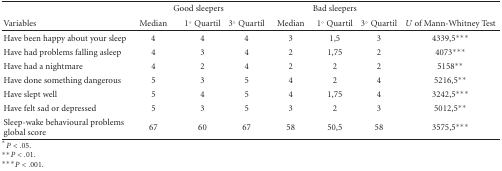
<table><thead><tr><td></td><td colspan="3"><b>Good sleepers</b></td><td colspan="3"><b>Bad sleepers</b></td><td></td></tr><tr><td><b> Variables</b></td><td><b> Median</b></td><td><b> 1° Quartil</b></td><td><b> 3° Quartil</b></td><td><b> Median</b></td><td><b> 1° Quartil</b></td><td><b> 3° Quartil</b></td><td><b><i>U</i> of Mann-Whitney Test</b></td></tr></thead><tbody><tr><td>Have been happy about your sleep</td><td>4</td><td>4</td><td>4</td><td>3</td><td>1,5</td><td>3</td><td>4339,5***</td></tr><tr><td>Have had problems falling asleep</td><td>4</td><td>3</td><td>4</td><td>2</td><td>1,75</td><td>2</td><td>4073***</td></tr><tr><td>Have had a nightmare</td><td>4</td><td>2</td><td>4</td><td>2</td><td>2</td><td>2</td><td>5158**</td></tr><tr><td>Have done something dangerous</td><td>5</td><td>3</td><td>5</td><td>4</td><td>2</td><td>4</td><td>5216,5**</td></tr><tr><td> Have slept well</td><td>5</td><td>4</td><td>5</td><td>4</td><td>1,75</td><td>4</td><td>3242,5***</td></tr><tr><td>Have felt sad or depressed</td><td>5</td><td>3</td><td>5</td><td>3</td><td>2</td><td>3</td><td>5012,5**</td></tr><tr><td>Sleep-wake behavioural problems global score</td><td>67</td><td>60</td><td>67</td><td>58</td><td>50,5</td><td>58</td><td>3575,5***</td></tr></tbody></table>